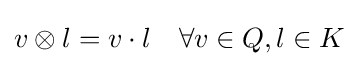
v\otimes l=v\cdot l\quad \forall v\in Q,l\in K